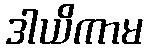
ဒါယိကာမ